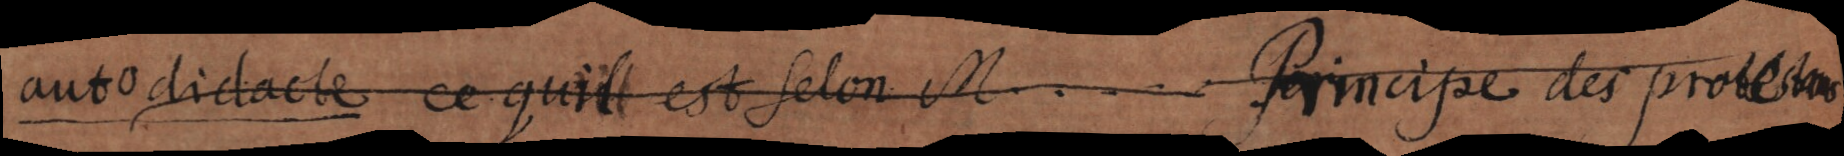
autodidacte (ce qui est selon M. . . . . Principe des protestans